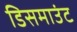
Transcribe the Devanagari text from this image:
डिसमाउंट